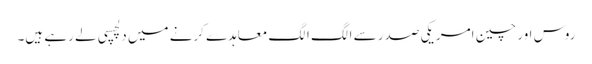
روس اور چین امریکی صدر سے الگ الگ معاہدے کرنے میں دلچسپی لے رہے ہیں۔